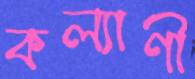
কল্যাণী